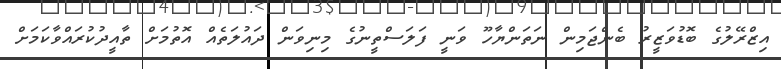
އިޒްރޭލުގެ ބޮޑުވަޒީރު ބެންޖަމިން ނަތަންޔާހޫ ވަނީ ފަލަސްތީނުގެ މިނިވަން ދައުލަތެއް އޮތުމަށް ތާއީދުކުރައްވާކަމަށް